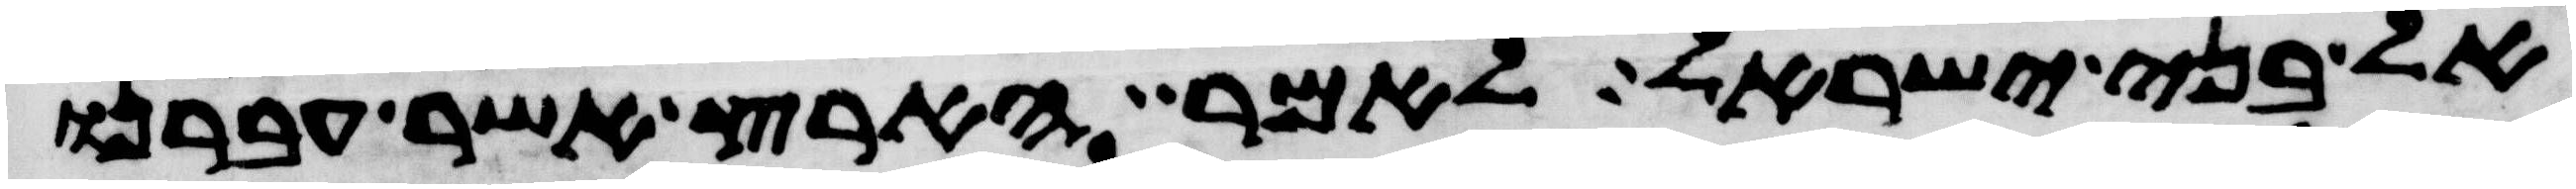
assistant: אל בני ישראל לאמר הארץ אשר עברנו